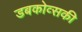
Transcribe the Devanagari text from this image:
डबकोव्सकी